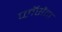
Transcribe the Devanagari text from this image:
प्लॅसेंटा